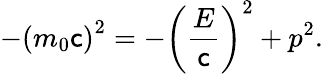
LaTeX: -\left(m_{0}\mathsf{c}\right)^{2}=-\left({\frac{{E}}{{\mathsf{c}}}}\right)^{2}+p^{2}.